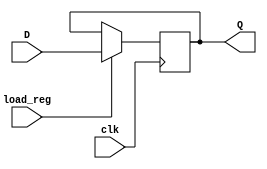
`timescale 1ns / 1ps

module REG(
    input [31:0] D,
    input clk, load_reg,
    output reg [31:0] Q
    );
    
always @ (posedge clk)
    if(load_reg)
        Q <= D;
    else
        Q <= Q;
endmodule